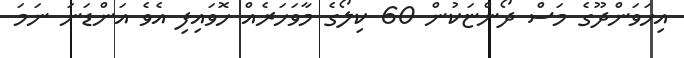
އިހަވަންދޫގެ މަސް ދޯންޏަކުން 60 ކިލޯގެ މާވަހަރެއް ހޮވައިފި އެވެ އަންޑަނަ ނަމަ